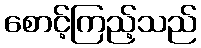
စောင့်ကြည့်သည်